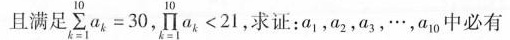
且满足\left(\sum_{k=1}^{10} a_k \right)=30，\prod \limits_{k=1}^{10}\left( a_{k}\right)<21,求证：a_{1},a_{2},a_{3},…，a_{10}中必有